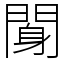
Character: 𨉖